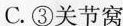
C. ③关节窝